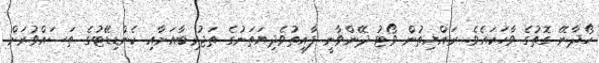
ހޯދާނޭ ގޮތުގެ ވާހަކައެވެ. ރައްޔިތުން ވޯޓު ދޭންވާނީ ފާއިތުވެދިޔަތަނުގެ ތަޖުރިބާއަށާއި ކެންޑިޑޭޓުގެ ތަސައްވުރަށް